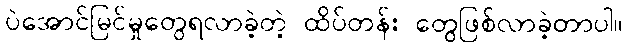
ပဲအောင်မြင်မှုတွေရလာခဲ့တဲ့ ထိပ်တန်း တွေဖြစ်လာခဲ့တာပါ။